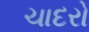
ચાદરો